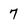
Character: 7